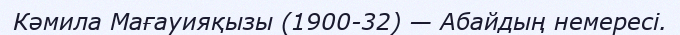
Кәмила Мағауияқызы (1900-32) — Абайдың немересі.